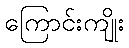
ကြောင်းကျိုး